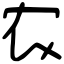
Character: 农